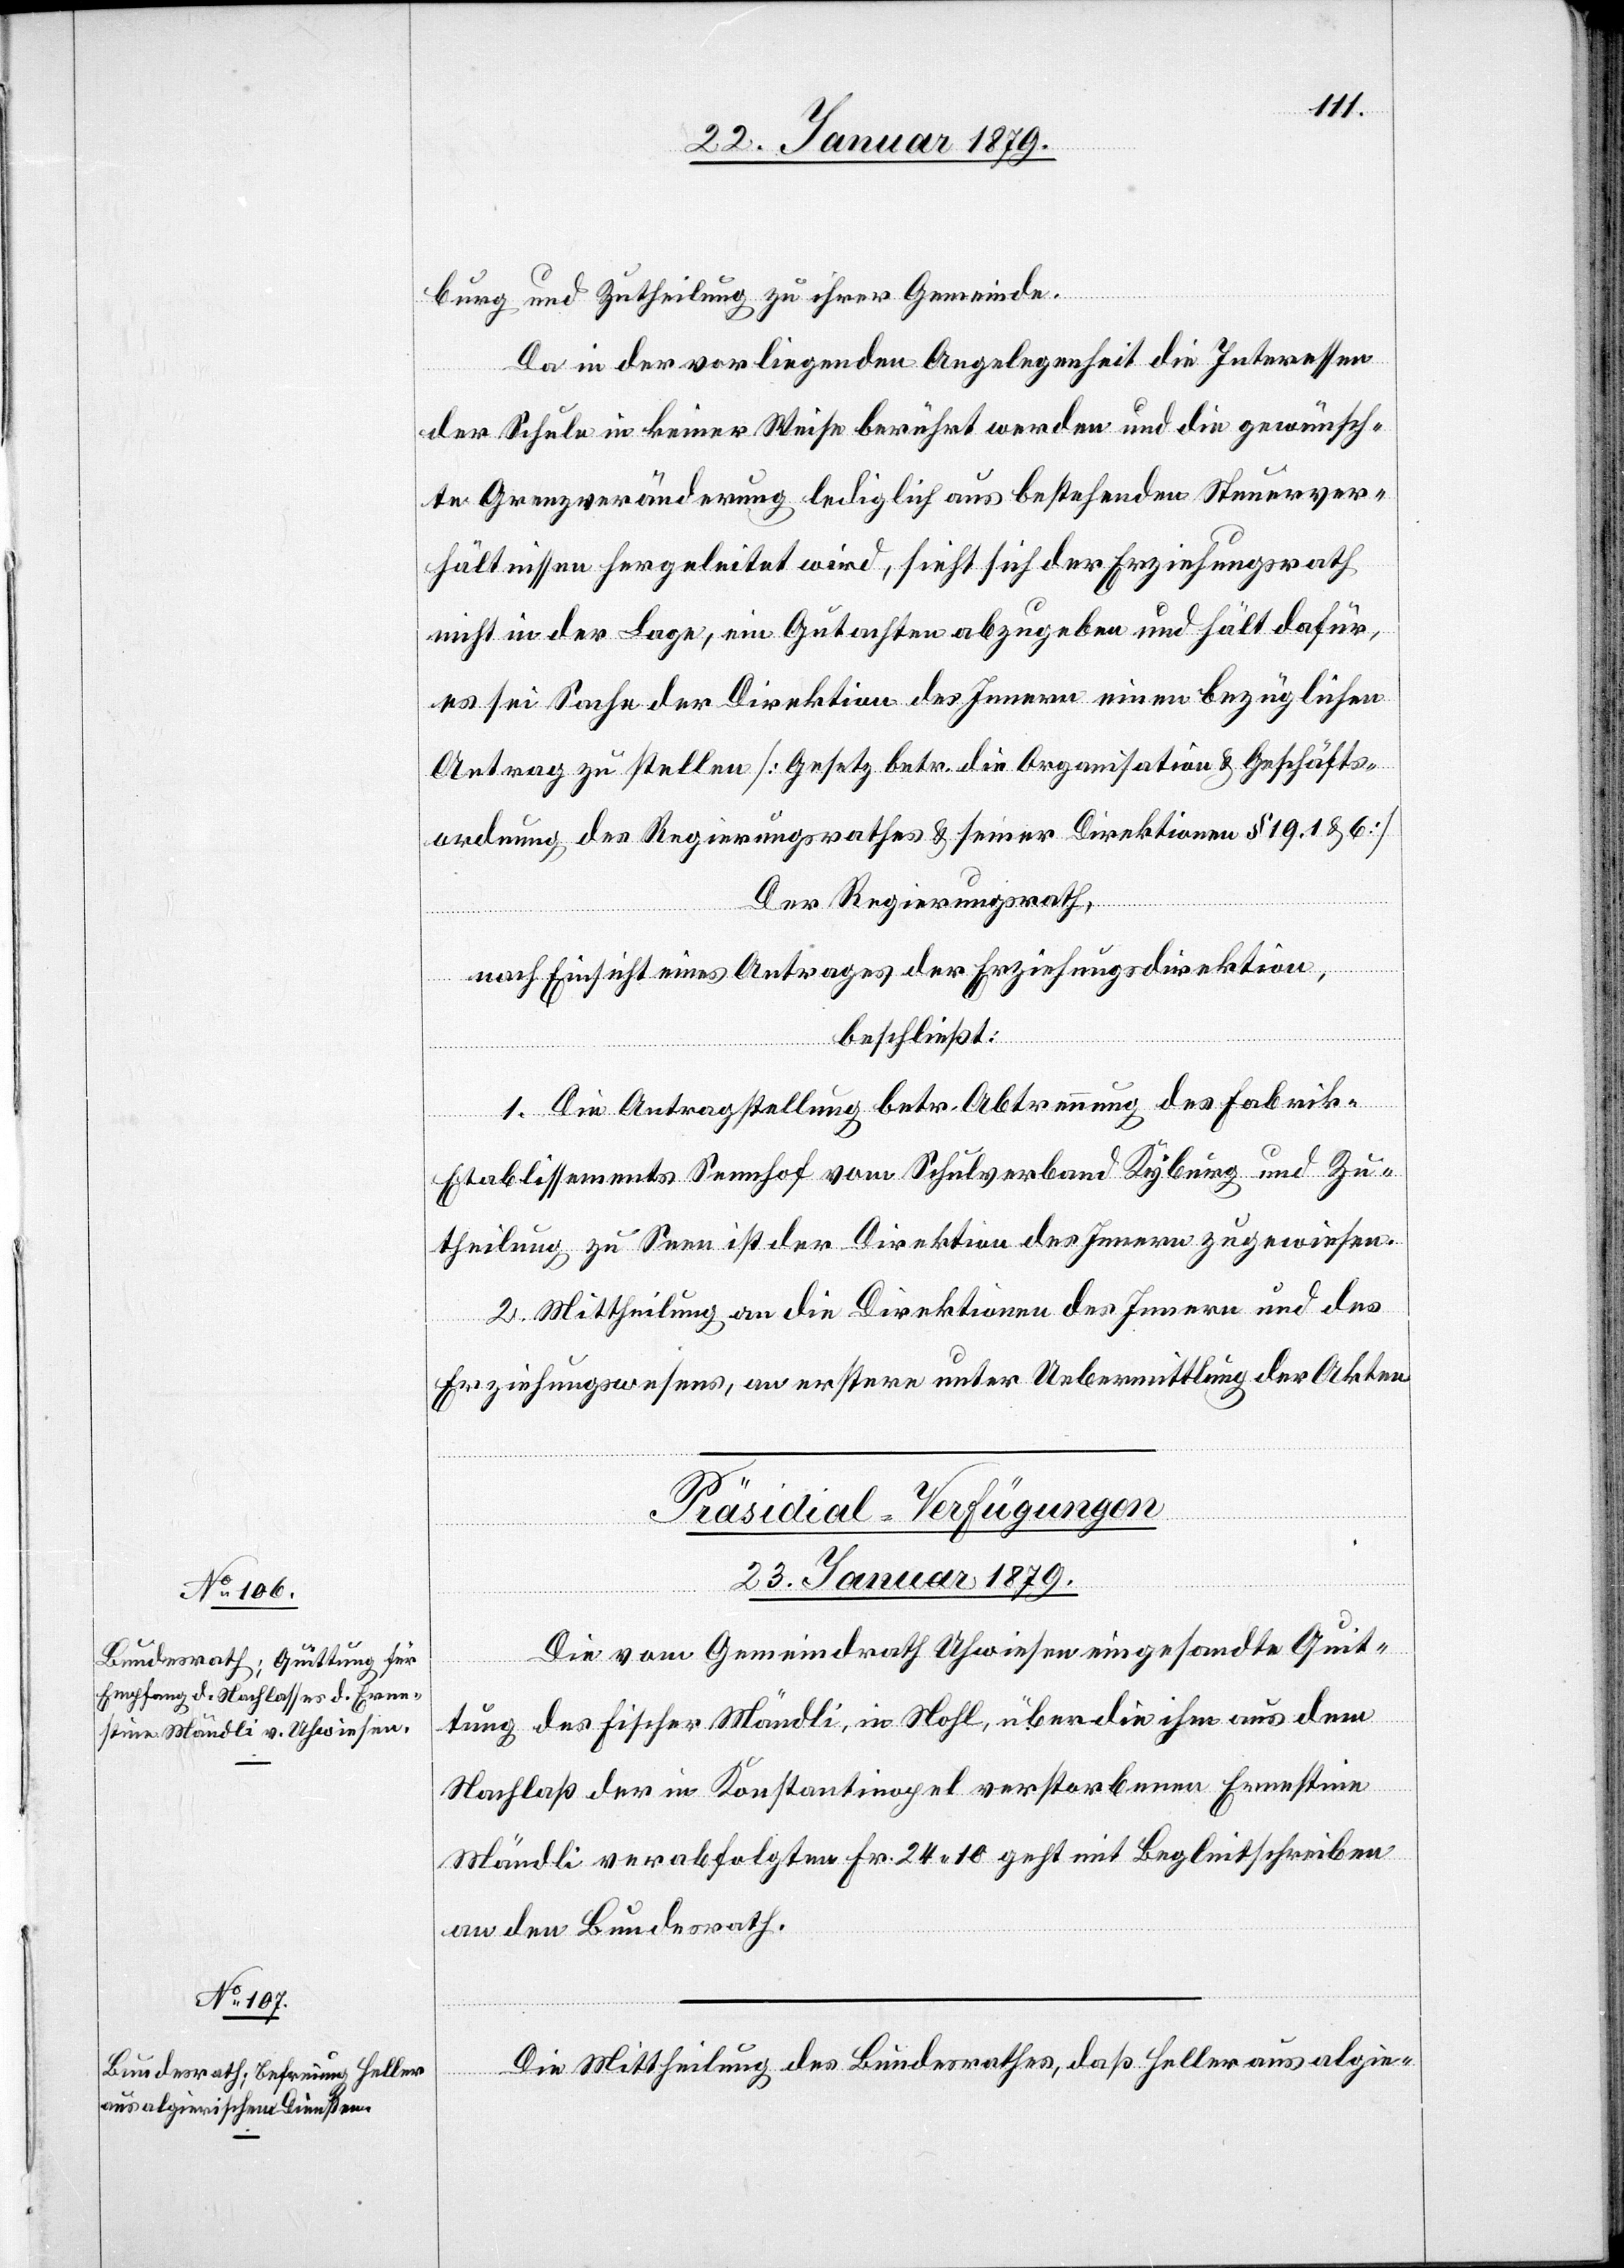
burg und Zutheilung zu ihrer Gemeinde.
Da in der vorliegenden Angelegenheit die Interessen
der Schule in keiner Weise berührt werden und die gewünsch¬
te Grenzveränderung lediglich aus bestehenden Steuerver¬
hältnissen hergeleitet wird, sieht sich der Erziehungsrath
nicht in der Lage, ein Gutachten abzugeben und hält dafür,
es sei Sache der Direktion des Innern einen bezüglichen
Antrag zu stellen [Gesetz betr. die Organisation & Geschäfts¬
ordnung des Regierungsrathes & seiner Direktionen § 19. 1 & 6]
Der Regierungsrath,
nach Einsicht eines Antrages der Erziehungsdirektion,
beschließt:
1. Die Antragstellung betr. Abtrennung des Fabrik-E¬
tablissements Sennhof vom Schulverband Kyburg und Zu¬
theilung zu Seen ist der Direktion des Innern zugewiesen.
2. Mittheilung an die Direktionen des Innern und des
Erziehungswesens, an erstere unter Uebermittlung der Akten.
[Präsidial-Verfügungen
23. Januar 1879.]
Die vom Gemeindrath Uhwiesen eingesandte Quit¬
tung des Fischer Mändli, in Nohl, über die ihm aus dem
Nachlaß der in Konstantinopel verstorbenen Ernestine
Mändli verabfolgten Fr. 24.10 geht mit Begleitschreiben
an den Bundesrath.
Die Mittheilung des Bundesrathes, daß Heller aus algie-